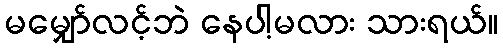
မမျှော်လင့်ဘဲ နေပါ့မလား သားရယ်။